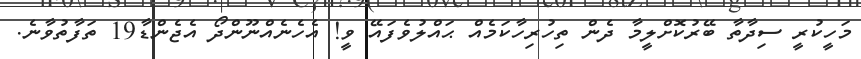
މަހީކުރީ ސިދާތާ ބޭރުކޮށްލީމާ ދެން ތިހުރިހާކަމެއް ޙައްލުވެފައޭ ވީ! އެހެނެއްނޫންދޯ އެޖެންޑާ19 ތަފާތުވާނެ.